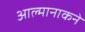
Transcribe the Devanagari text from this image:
आल्मानाकने